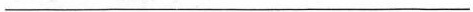
___